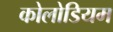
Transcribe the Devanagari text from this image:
कोलोडियम